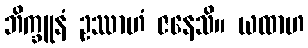
ဘိက္ခူနံ ဥဿာဟံ ဇနေသိ။ ယထာဟ